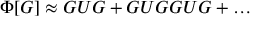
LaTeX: \Phi [ G ] \approx G U G + G U G G U G + \ldots